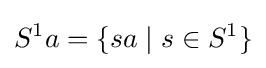
S^{1}a=\{sa\mid s\in S^{1}\}